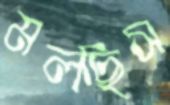
মলছিস